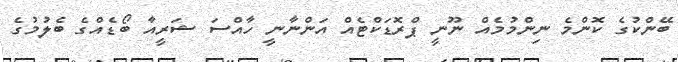
ބޭންކުގެ ކޮންމެ ނިންމުމެއް ނޫނީ ޕްރޮޑަކްޓެއް އަންނާނީ ހާއްސަ ޝަރީއާ ބޯޑެއްގެ ބެލުމުގެ